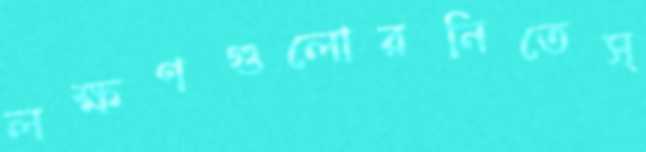
লক্ষণগুলোরনিতেস্